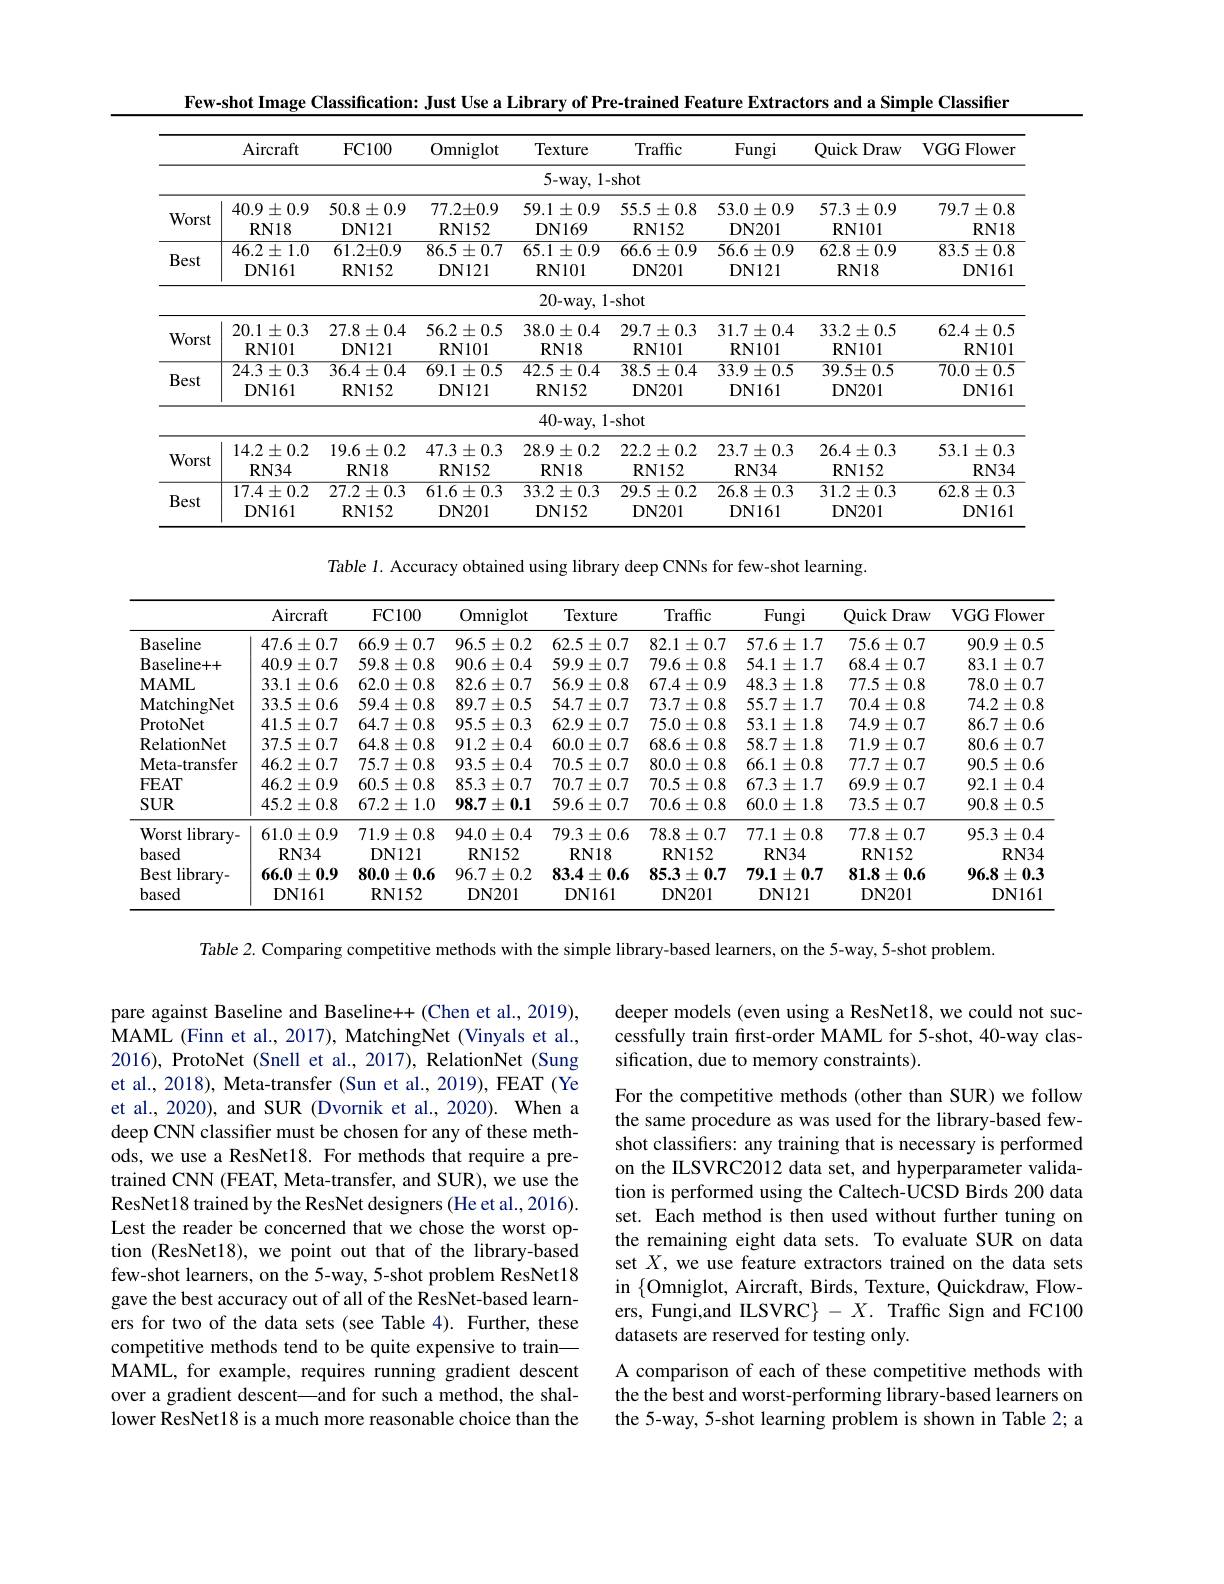
Few-shot Image Classification: Just Use a Library of Pre-trained Feature Extractors and a Simple Classifier

<table>
	<tbody>
		<tr>
			<th> </th>
			<th>Aircraft</th>
			<th>FC100</th>
			<th>Omniglot</th>
			<th>Texture</th>
			<th>Traffic</th>
			<th>Fungi</th>
			<th>Quick Draw</th>
			<th>VGG Flower</th>
		</tr>
		<tr>
			<td> </td>
			<td> </td>
			<td> </td>
			<td> </td>
			<td>$5-way$, </td>
			<td>shot</td>
			<td> </td>
			<td> </td>
			<td> </td>
		</tr>
		<tr>
			<td rowspan="2">Worst</td>
			<td>$40.9\pm0.9$</td>
			<td>$50.8\pm0.9$</td>
			<td>$77.2\pm0.9$</td>
			<td>$$59.1\pm0.9$$</td>
			<td>$$55.5\pm0.8$$</td>
			<td>$53.0\pm0.9$</td>
			<td>$57.3\pm0.9$</td>
			<td>$79.7\pm0.8$</td>
		</tr>
		<tr>
			<td>$\mathbf{RN18}$</td>
			<td>DN121</td>
			<td>RN152</td>
			<td>DN169</td>
			<td>RN152</td>
			<td>DN201</td>
			<td>$\mathbf{RN101}$</td>
			<td>$RN18$</td>
		</tr>
		<tr>
			<td rowspan="2">Best</td>
			<td>$46.2\pm1.0$</td>
			<td>$61.2\pm0.9$</td>
			<td>$86.5\pm0.7$</td>
			<td>$65.1\pm0.9$</td>
			<td>$$66.6\pm0.9$$</td>
			<td>$56.6\pm0.9$</td>
			<td>$62.8\pm0.9$</td>
			<td>$83.5\pm0.8$</td>
		</tr>
		<tr>
			<td>DN161</td>
			<td>RN152</td>
			<td>DN121</td>
			<td>RN101</td>
			<td>DN201</td>
			<td>DN121</td>
			<td>$RN18$</td>
			<td>DN161</td>
		</tr>
		<tr>
			<td> </td>
			<td> </td>
			<td> </td>
			<td> </td>
			<td>$20-way$,</td>
			<td>$-shot$</td>
			<td> </td>
			<td> </td>
			<td> </td>
		</tr>
		<tr>
			<td>Worst</td>
			<td>$20.1\pm0.3$ RN101</td>
			<td>$27.8\pm0.4$ DN121</td>
			<td>$56.2\pm0.5$ RN101</td>
			<td>$38.0\pm0.4$ $RN18$</td>
			<td>$29.7\pm0.3$ RN101</td>
			<td>$31.7\pm0.4$ RN101</td>
			<td>$33.2\pm0.5$ $\mathbf{RN101}$</td>
			<td>$62.4\pm0.5$ $\mathbf{RN101}$</td>
		</tr>
		<tr>
			<td rowspan="3">Best</td>
			<td>$24.3\pm0.3$</td>
			<td>$36.4\pm0.4$</td>
			<td>$69.1\pm0.5$</td>
			<td>$42.5\pm0.4$</td>
			<td>$38.5\pm0.4$</td>
			<td>$33.9\pm0.5$</td>
			<td>$39.5\pm0.5$</td>
			<td>$70.0\pm0.5$</td>
		</tr>
		<tr>
			<td>DN161</td>
			<td>RN152</td>
			<td>DN121</td>
			<td>RN152</td>
			<td>DN201</td>
			<td>DN161</td>
			<td>DN201</td>
			<td>DN161</td>
		</tr>
		<tr>
			<td> </td>
			<td> </td>
			<td> </td>
			<td>40-way,</td>
			<td>$-shot$</td>
			<td> </td>
			<td> </td>
			<td> </td>
		</tr>
		<tr>
			<td rowspan="2">Worst</td>
			<td>$14.2\pm0.2$</td>
			<td>$19.6\pm0.2$</td>
			<td>$47.3\pm0.3$</td>
			<td>$28.9\pm0.2$</td>
			<td>$22.2\pm0.2$</td>
			<td>$23.7\pm0.3$</td>
			<td>$26.4\pm0.3$</td>
			<td>53.1 $1\pm0.3$</td>
		</tr>
		<tr>
			<td>$RN34$</td>
			<td>$RN18$</td>
			<td>RN152</td>
			<td>$RN18$</td>
			<td>RN152</td>
			<td>$RN34$</td>
			<td>$\mathbf{RN152}$</td>
			<td>$RN34$</td>
		</tr>
		<tr>
			<td rowspan="2">Best</td>
			<td>$17.4\pm0.2$</td>
			<td>$27.2\pm0.3$</td>
			<td>$61.6\pm0.3$</td>
			<td>$33.2\pm0.3$</td>
			<td>$29.5\pm0.2$</td>
			<td>$26.8\pm0.3$</td>
			<td>$31.2\pm0.3$</td>
			<td>$62.8\pm0.3$</td>
		</tr>
		<tr>
			<td>DN161</td>
			<td>RN152</td>
			<td>DN201</td>
			<td>DN152</td>
			<td>DN201</td>
			<td>DN161</td>
			<td>DN201</td>
			<td>DN161</td>
		</tr>
	</tbody>
</table>

Table 1. Accuracy obtained using library deep CNNs for few-shot learning.

<table>
	<tbody>
		<tr>
			<th> </th>
			<th>Aircraft</th>
			<th>$FC100$</th>
			<th>Omniglot</th>
			<th>Texture</th>
			<th>Traffic</th>
			<th>Fungi</th>
			<th>Quick Draw</th>
			<th>VGGFlower</th>
		</tr>
		<tr>
			<td>Baseline</td>
			<td>$47.6\pm0.7$</td>
			<td>$66.9\pm0.7$</td>
			<td>$96.5\pm0.2$</td>
			<td>$62.5\pm0.7$</td>
			<td>$82.1\pm0.7$</td>
			<td>$57.6\pm1.7$</td>
			<td>$75.6\pm0.7$</td>
			<td>$90.9\pm0.5$</td>
		</tr>
		<tr>
			<td>Baseline+ + </td>
			<td>$40.9\pm0.7$</td>
			<td>$59.8\pm0.8$</td>
			<td>$90.6\pm0.4$</td>
			<td>$59.9\pm0.7$</td>
			<td>$79.6\pm0.8$</td>
			<td>$54.1\pm1.7$</td>
			<td>$68.4\pm0.7$</td>
			<td>$83.1\pm0.7$</td>
		</tr>
		<tr>
			<td>$\mathbf{MAML}$</td>
			<td>$33.1\pm0.6$</td>
			<td>$62.0\pm0.8$</td>
			<td>$82.6\pm0.7$</td>
			<td>$56.9\pm0.8$</td>
			<td>$67.4\pm0.9$</td>
			<td>$48.3\pm1.8$</td>
			<td>$77.5\pm0.8$</td>
			<td>$78.0\pm0.7$</td>
		</tr>
		<tr>
			<td>MatchingNet</td>
			<td>$33.5\pm0.6$</td>
			<td>$59.4\pm0.8$</td>
			<td>$89.7\pm0.5$</td>
			<td>$54.7\pm0.7$</td>
			<td>$73.7\pm0.8$</td>
			<td>$55.7\pm1.7$</td>
			<td>$70.4\pm0.8$</td>
			<td>$74.2\pm0.8$</td>
		</tr>
		<tr>
			<td>ProtoNet</td>
			<td>$41.5\pm0.7$</td>
			<td>$64.7\pm0.8$</td>
			<td>$95.5\pm0.3$</td>
			<td>$62.9\pm0.7$</td>
			<td>$75.0\pm0.8$</td>
			<td>$53.1\pm1.8$</td>
			<td>$74.9\pm0.7$</td>
			<td>$86.7\pm0.6$</td>
		</tr>
		<tr>
			<td>RelationNet</td>
			<td>$37.5\pm0.7$</td>
			<td>$64.8\pm0.8$</td>
			<td>$91.2\pm0.4$</td>
			<td>$60.0\pm0.7$</td>
			<td>$68.6\pm0.8$</td>
			<td>$58.7\pm1.8$</td>
			<td>$71.9\pm0.7$</td>
			<td>$80.6\pm0.7$</td>
		</tr>
		<tr>
			<td>Meta- transfer</td>
			<td>$46.2\pm0.7$</td>
			<td>$75.7\pm0.8$</td>
			<td>$93.5\pm0.4$</td>
			<td>$70.5\pm0.7$</td>
			<td>$80.0\pm0.8$</td>
			<td>$66.1\pm0.8$</td>
			<td>$77.7\pm0.7$</td>
			<td>$90.5\pm0.6$</td>
		</tr>
		<tr>
			<td>$FEAT$</td>
			<td>$46.2\pm0.9$</td>
			<td>$60.5\pm0.8$</td>
			<td>$85.3\pm0.7$</td>
			<td>$70.7\pm0.7$</td>
			<td>$70.5\pm0.8$</td>
			<td>$67.3\pm1.7$</td>
			<td>$$69.9\pm0.7$$</td>
			<td>$92.1\pm0.4$</td>
		</tr>
		<tr>
			<td>$SUR$</td>
			<td>$45.2\pm0.8$</td>
			<td>$67.2\pm1.0$</td>
			<td>$98.7\pm0.1$</td>
			<td>$$59.6\pm0.7$$</td>
			<td>$70.6\pm0.8$</td>
			<td>$60.0\pm1.8$</td>
			<td>$$73.5\pm0.7$$</td>
			<td>$90.8\pm0.5$</td>
		</tr>
		<tr>
			<td>Worst t library-</td>
			<td>$61.0\pm0.9$</td>
			<td>$71.9\pm0.8$</td>
			<td>$94.0\pm0.4$</td>
			<td>$79.3\pm0.6$</td>
			<td>$78.8\pm0.7$</td>
			<td>$77.1\pm0.8$</td>
			<td>$77.8\pm0.7$</td>
			<td>$95.3\pm0.4$</td>
		</tr>
		<tr>
			<td>based</td>
			<td>$\mathbf{RN34}$</td>
			<td>DN121</td>
			<td>RN152</td>
			<td>$RN18$</td>
			<td>RN152</td>
			<td>$\mathbf{RN34}$</td>
			<td>$\mathbf{RN152}$</td>
			<td>$RN34$</td>
		</tr>
		<tr>
			<td>Bestl $\operatorname{library-}$</td>
			<td>$66.0\pm0.9$</td>
			<td>$80.0\pm0.6$</td>
			<td>$96.7\pm0.2$</td>
			<td>$83.4\pm0.6$</td>
			<td>$85.3\pm0.7$</td>
			<td>$79.1\pm0.7$</td>
			<td>$81.8\pm0.6$</td>
			<td>$96.8\pm0.3$</td>
		</tr>
		<tr>
			<td>based</td>
			<td>DN161</td>
			<td>RN152</td>
			<td>DN201</td>
			<td>DN161</td>
			<td>DN201</td>
			<td>DN121</td>
			<td>DN201</td>
			<td>DN161</td>
		</tr>
	</tbody>
</table>

Table 2. Comparing competitive methods with the simple library-based learners, on the 5-way, 5-shot problem

deeper models (even using a ResNet18, we could not successfully train fırst-order MAML for 5-shot, 40-way classification, due to memory constraints).

pare against Baseline and Baseline++ (Chen et al., 2019), MAML (Finn et al., 2017), MatchingNet (Vinyals et al., 2016), ProtoNet (Snell et al., 2017), RelationNet (Sung et al., 2018), Meta-transfer (Sun et al., 2019), FEAT (Ye et al., 2020), and SUR (Dvornik et al., 2020). When a deep CNN classifier must be chosen for any of these methods, we use a ResNet18. For methods that require a pretrained CNN (FEAT, Meta-transfer, and SUR), we use the ResNet18 trained by the ResNet designers (He et al., 2016). Lest the reader be concerned that we chose the worst option (ResNet18), we point out that of the library-based few-shot learners, on the 5-way, 5-shot problem ResNet18 gave the best accuracy out of all of the ResNet-based learners for two of the data sets (see Table 4). Further, these competitive methods tend to be quite expensive to train— MAML, for example, requires running gradient descent over a gradient descent—and for such a method, the shallower ResNet18 is a much more reasonable choice than the

For the competitive methods (other than SUR) we follow the same procedure as was used for the library-based fewshot classifiers: any training that is necessary is performed on the ILSVRC2012 data set, and hyperparameter validation is performed using the Caltech-UCSD Birds 200 data set. Each method is then used without further tuning on the remaining eight data sets. To evaluate SUR on data set $X$, we use feature extractors trained on the data sets in $\{$Omniglot, Aircraft, Birds, Texture, Quickdraw, Flowers, Fungi,and ILSVRC$\}-X.$ Traffic Sign and FC100 datasets are reserved for testing only.
A comparison of each of these competitive methods with the the best and worst-performing library-based learners on the 5-way, 5-shot learning problem is shown in Table 2; a